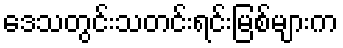
ဒေသတွင်းသတင်းရင်းမြစ်များက